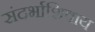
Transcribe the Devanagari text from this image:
संदर्भाशिवाय